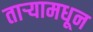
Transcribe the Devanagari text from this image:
ताऱ्यामधून